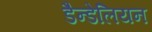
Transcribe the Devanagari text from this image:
डैन्डेलियन